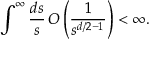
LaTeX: \int ^ { \infty } \frac { d s } { s } \, O \left( \frac { 1 } { s ^ { d / 2 - 1 } } \right) < \infty .